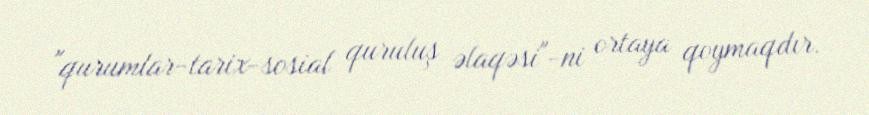
"qurumlar-tarix-sosial quruluş əlaqəsi"-ni ortaya qoymaqdır.